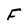
Character: F